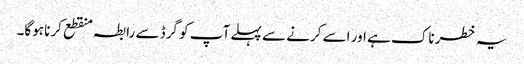
یہ خطرناک ہے اور اسے کرنے سے پہلے آپ کو گرڈ سے رابطہ منقطع کرنا ہوگا۔